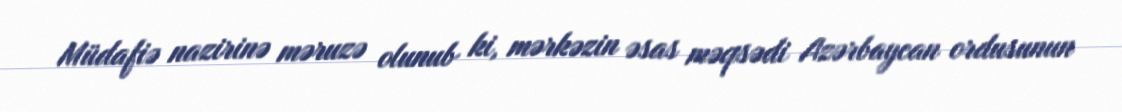
Müdafiə nazirinə məruzə olunub ki, mərkəzin əsas məqsədi Azərbaycan ordusunun